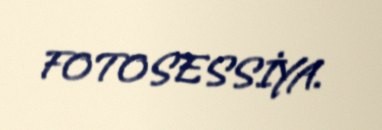
FOTOSESSİYA.